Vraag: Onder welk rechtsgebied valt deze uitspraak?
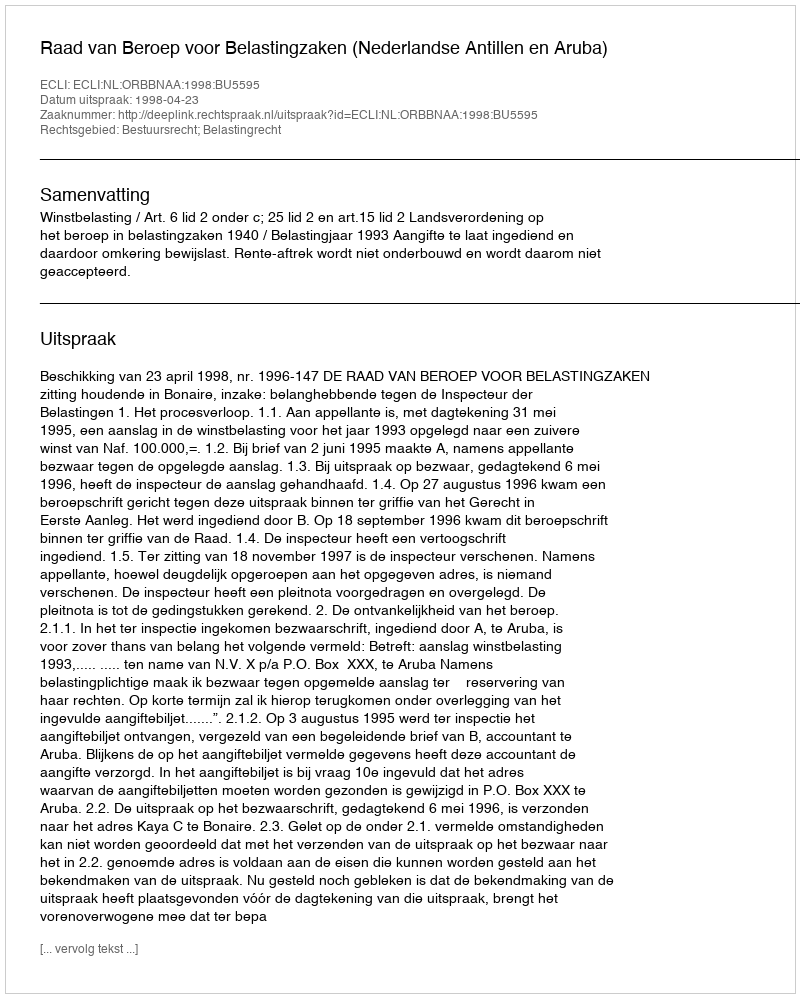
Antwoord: Bestuursrecht; Belastingrecht